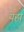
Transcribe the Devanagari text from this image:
येहा